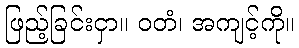
ဖြည့်ခြင်းငှာ။ ဝတံ၊ အကျင့်ကို။